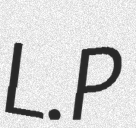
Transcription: L.P